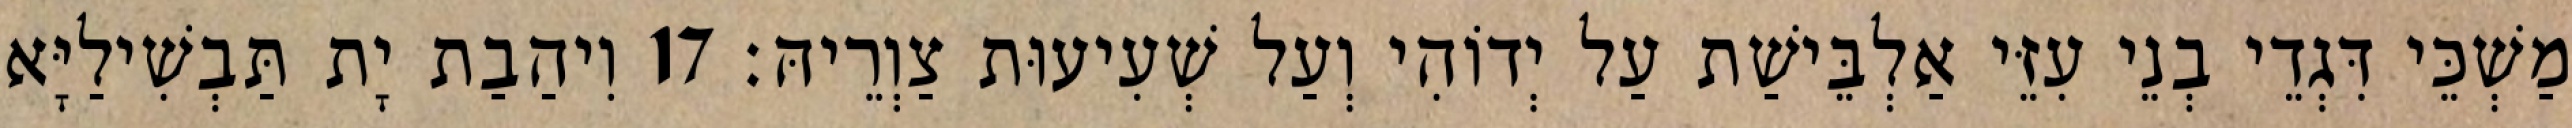
מַשְׁכֵּי דִּגְדֵי בְנֵי עִזֵּי אַלְבֵּישַׁת עַל יְדוֹהִי וְעַל שְׁעִיעוּת צַוְרֵיהּ׃ 17 וִיהַבַת יָת תַּבְשִׁילַיָּא